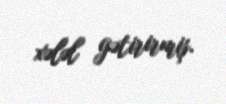
xələl gətirirmiş.